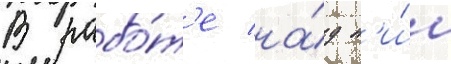
В рабо́т'е на́д н'и́м